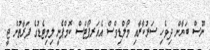
ނޫސް ބަޔާން ދިވެހި ސަރުކާރާއި މޯލްޑިވްސް އެއަރޕޯޓްސް ކޮމްޕެނީ ލިމިޓެޑުގެ ފަރާތުން ޖީ.